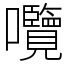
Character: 囕